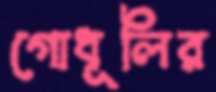
গোধূলির